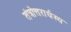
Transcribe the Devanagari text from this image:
तंत्रोत्तरार्धस्य